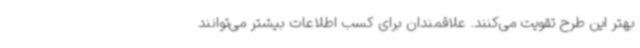
بهتر این طرح تقویت می‌کنند. علاقمندان برای کسب اطلاعات بیشتر می‌توانند